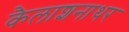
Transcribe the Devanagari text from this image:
कैलाशनाथर